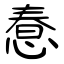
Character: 惷